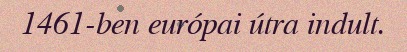
1461-ben európai útra indult.